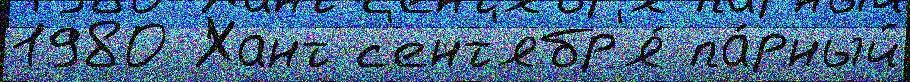
1980 Хант с'ент'ябр'я́ па́рный